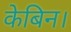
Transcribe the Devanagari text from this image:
केबिन।